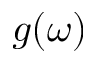
g ( \omega )